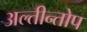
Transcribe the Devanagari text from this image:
अल्तीन्तोप